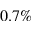
0 . 7 \%